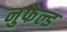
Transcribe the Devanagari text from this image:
नुफेल्ड